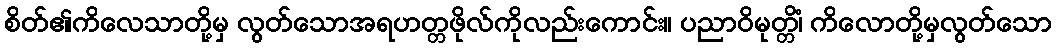
စိတ်၏ကိလေသာတို့မှ လွတ်သောအရဟတ္တဖိုလ်ကိုလည်းကောင်း။ ပညာဝိမုတ္တိံ၊ ကိလောတို့မှလွတ်သော